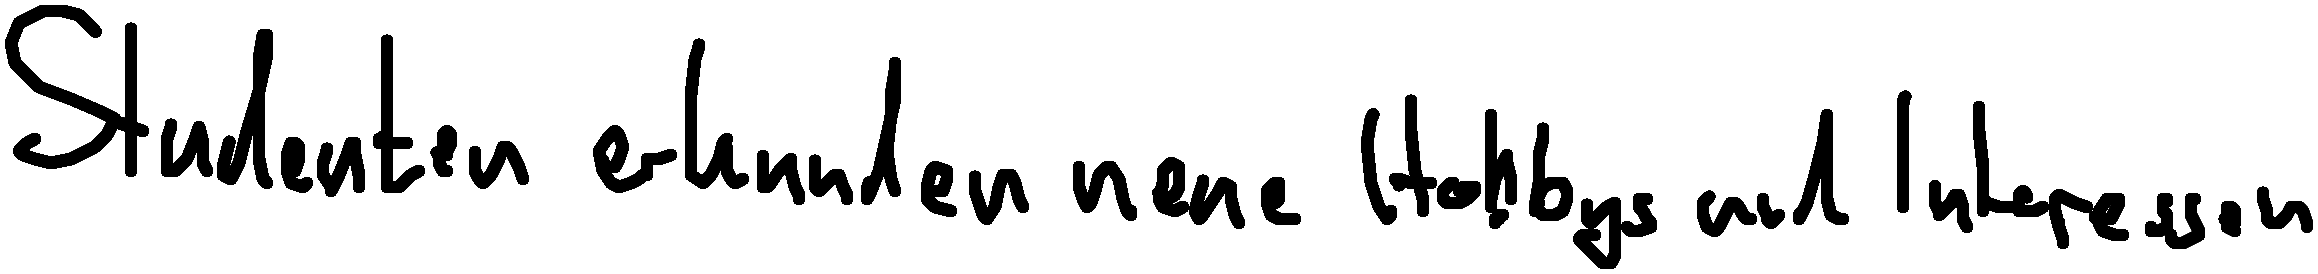
Studenten erkunden neue Hobbys und Interessen.